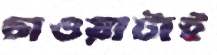
চাওয়াটাই